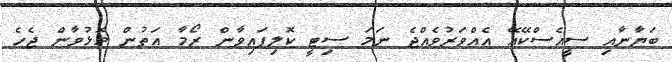
ބަޔާނާއި ސީއެސްކޭއޭ އެއްވަރުވެއްޖެ ނަމަ ސިޓީ ކޮލިފައިވާން ރޯމާ އަތުން މޮޅުވާން ޖެހެ